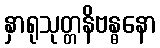
နှာရုသုတ္တနိဗန္ဓနော